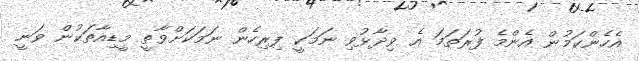
އެހެންކަމުން އެންމެ ފުރަތަމަ އެ ވިދާޅުވި ނަމަކީ ފިރިހެން ނަމަކަށްވާތީ މީޑިއާތަކުން ވަނީ